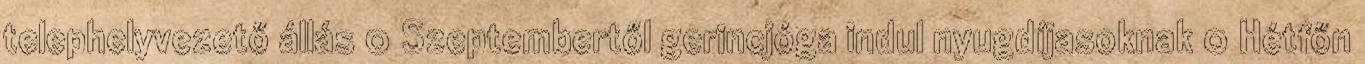
telephelyvezető állás 0 Szeptembertől gerincjóga indul nyugdíjasoknak 0 Hétfőn